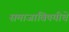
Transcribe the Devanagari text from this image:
समाजाविषयीचे